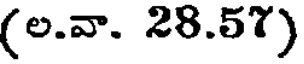
(ల.వా. 28.57)